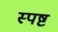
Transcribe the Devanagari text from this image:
स्‍पष्ट